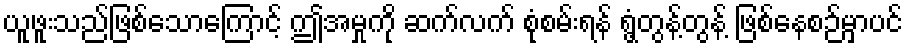
ယူဖူးသည်ဖြစ်သောကြောင့် ဤအမှုကို ဆက်လက် စုံစမ်းရန် ရွံ့တွန့်တွန့် ဖြစ်နေစဉ်မှာပင်